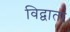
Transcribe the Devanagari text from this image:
विद्वाता